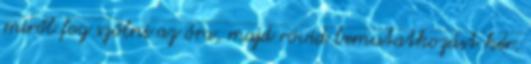
miről fog szólni az óra, majd rövid bemutatkozást kér.